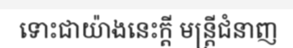
ទោះជាយ៉ាងនេះក្តី មន្ត្រីជំនាញ